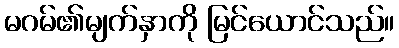
မဂမ်၏မျက်နှာကို မြင်ယောင်သည်။